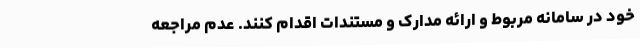
خود در سامانه مربوط و ارائه مدارک و مستندات اقدام کنند. عدم مراجعه